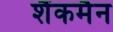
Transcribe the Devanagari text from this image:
शैंकमैन